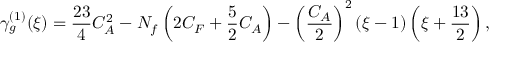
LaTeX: \gamma _ { g } ^ { ( 1 ) } ( \xi ) = \frac { 2 3 } { 4 } C _ { A } ^ { 2 } - N _ { f } \left( 2 C _ { F } + \frac { 5 } { 2 } C _ { A } \right) - \left( \frac { C _ { A } } { 2 } \right) ^ { 2 } ( \xi - 1 ) \left( \xi + \frac { 1 3 } { 2 } \right) ,